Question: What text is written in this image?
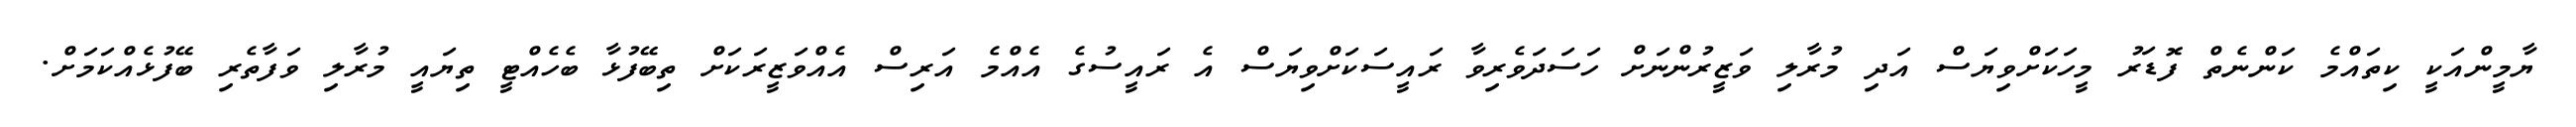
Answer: ޔާމީންއަކީ ކިތައްމެ ކަންނެތް ފޮޑަރު މީހަކަށްވިޔަސް އަދި މުރާލި ވަޒީރުންނަށް ހަސަދަވެރިވާ ރައީސަކަށްވިޔަސް އެ ރައީސުގެ އެއްމެ އަރިސް އެއްވަޒީރަކަށް ތިބޭފުޅާ ބެހެއްޓީ ތިޔައީ މުރާލި ވަފާތެރި ބޭފުޅެއްކަމަށް.